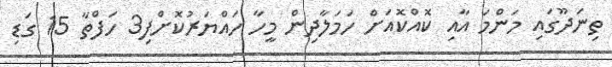
ތިނަދޫގައި މަންމަ އާއި ކޮއްކޮއަށް ހަމަލާދިން މީހާ ހައްޔަރުކޮށްފި3 ހަފްތާ 15 ގަޑި